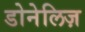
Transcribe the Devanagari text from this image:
डोनेलिज़